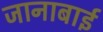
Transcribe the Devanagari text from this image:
जानाबाई